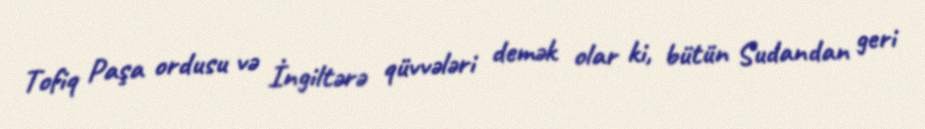
Tofiq Paşa ordusu və İngiltərə qüvvələri demək olar ki, bütün Sudandan geri